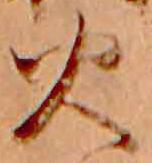
火